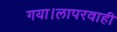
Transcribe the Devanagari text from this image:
गया।लापरवाही